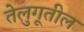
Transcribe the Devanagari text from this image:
तेलुगूतील